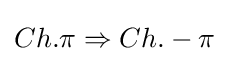
Ch.\pi \Rightarrow Ch.-\pi